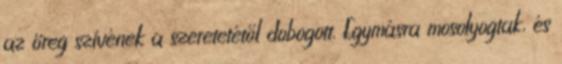
az öreg szívének a szeretetétől dobogott. Egymásra mosolyogtak, és